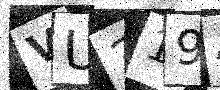
Text: VU319A